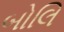
બોલિ